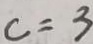
c = 3